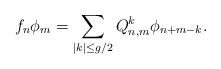
LaTeX: \begin{gather*}f_n \phi_m=\sum_{\vert k\vert\le g/2} Q^k_{n,m} \phi_{n+m-k}.\end{gather*}